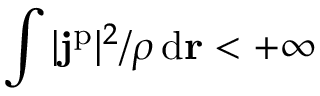
\int \vert \mathbf { j } ^ { \mathrm { p } } \vert ^ { 2 } / \rho \, \mathrm { d } \mathbf { r } < + \infty